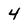
Character: 4